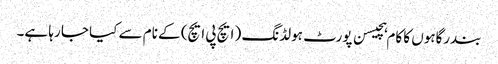
بندرگاہوں کا کام ہچیسن پورٹ ہولڈنگ ( ایچ پی ایچ) کے نام سے کیا جا رہا ہے۔